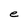
Character: e